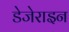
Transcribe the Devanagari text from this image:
डेजेराइन